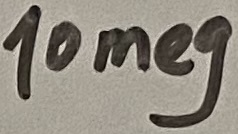
Text: 10meg